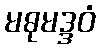
မဓုမဒ္ဒဝံ